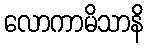
လောကာမိသာနိ